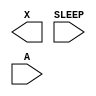
/**
 * Copyright 2020 The SkyWater PDK Authors
 *
 * Licensed under the Apache License, Version 2.0 (the "License");
 * you may not use this file except in compliance with the License.
 * You may obtain a copy of the License at
 *
 *     https://www.apache.org/licenses/LICENSE-2.0
 *
 * Unless required by applicable law or agreed to in writing, software
 * distributed under the License is distributed on an "AS IS" BASIS,
 * WITHOUT WARRANTIES OR CONDITIONS OF ANY KIND, either express or implied.
 * See the License for the specific language governing permissions and
 * limitations under the License.
 *
 * SPDX-License-Identifier: Apache-2.0
 */

`ifndef SKY130_FD_SC_HD__LPFLOW_ISOBUFSRCKAPWR_BLACKBOX_V
`define SKY130_FD_SC_HD__LPFLOW_ISOBUFSRCKAPWR_BLACKBOX_V

/**
 * lpflow_isobufsrckapwr: Input isolation, noninverted sleep on
 *                        keep-alive power rail.
 *
 *                        X = (!A | SLEEP)
 *
 * Verilog stub definition (black box without power pins).
 *
 * WARNING: This file is autogenerated, do not modify directly!
 */

`timescale 1ns / 1ps
`default_nettype none

(* blackbox *)
module sky130_fd_sc_hd__lpflow_isobufsrckapwr (
    X    ,
    SLEEP,
    A
);

    output X    ;
    input  SLEEP;
    input  A    ;

    // Voltage supply signals
    supply1 KAPWR;
    supply1 VPWR ;
    supply0 VGND ;
    supply1 VPB  ;
    supply0 VNB  ;

endmodule

`default_nettype wire
`endif  // SKY130_FD_SC_HD__LPFLOW_ISOBUFSRCKAPWR_BLACKBOX_V